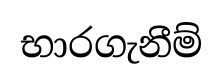
භාරගැනීම්